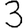
Digit: 3